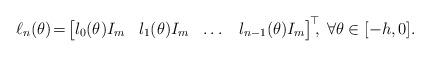
LaTeX: \begin{align*}\ell_n(\theta)\!=\!\begin{bmatrix} l_0(\theta)I_m&l_1(\theta)I_m&\dots& l_{n-1}(\theta)I_m\end{bmatrix}^{\!\top}\!\!\!,\;\forall \theta\in[-h,0].\end{align*}